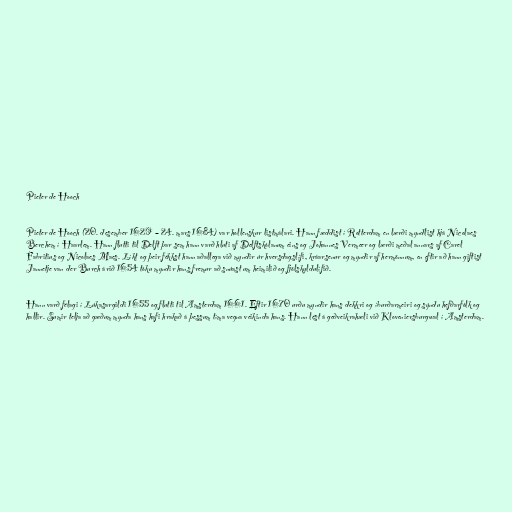
Pieter de Hooch

Pieter de Hooch (20. desember 1629 – 24. mars 1684) var hollenskur listmálari. Hann fæddist í Rotterdam en lærði myndlist hjá Nicolaes
Berchem í Haarlem. Hann flutti til Delft þar sem hann varð hluti af Delftskólanum eins og Johannes Vermeer og lærði meðal annars af Carel
Fabritius og Nicolaes Maes. Líkt og þeir fékkst hann aðallega við myndir úr hversdagslífi, kráarsenur og myndir af hermönnum, en eftir að hann giftist
Jannetje van der Burch árið 1654 tóku myndir hans fremur að snúast um heimilið og fjölskyldulífið.

Hann varð félagi í Lúkasargildi 1655 og flutti til Amsterdam 1661. Eftir 1670 urðu myndir hans dekkri og íburðarmeiri og sýndu hefðarfólk og
hallir. Sumir telja að gæðum mynda hans hafi hrakað á þessum tíma vegna veikinda hans. Hann lést á geðveikrahæli við Kloveniersburgwal í Amsterdam.